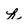
Character: h